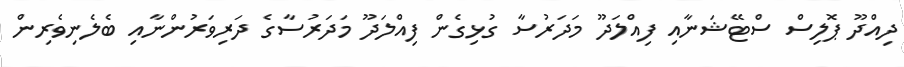
ދިއްދޫ ޕޮލިސް ސްޓޭޝަނާއި ފިއްލަދޫ މަދަރުސާ ގުޅިގެން ފިއްލަދޫ މަދަރުސާގެ ދަރިވަރުންނާއި ބެލެނިވެރިން